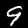
Label: 9